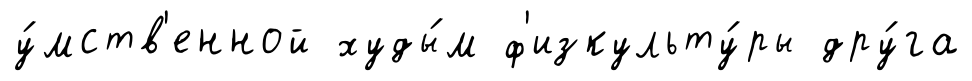
у́мств'енной худы́м ф'изкульту́ры дру́га